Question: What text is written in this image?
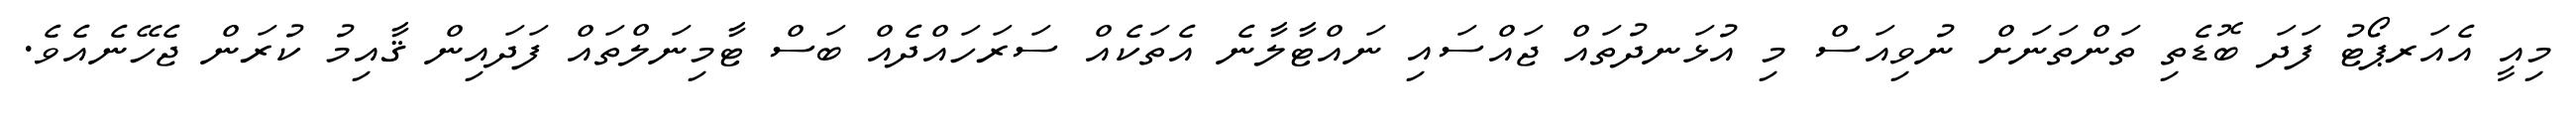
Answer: މިއީ އެއަރޕޯޓު ފަދަ ބޮޑެތި ތަންތަނަށް ނުވިއަސް މި އުޅަނދުތައް ޖައްސައި ނައްޓާލާނެ އެތަކެއް ސަރަހައްދެއް ބަސް ޓާމިނަލްތައް ފަދައިން ޤާއިމު ކުރަން ޖެހޭނެއެވެ.